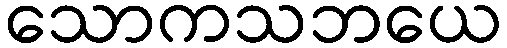
သောကသဘယေ